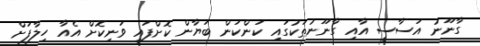
ގާނޫނު އަސާސީ އާއި ގާނޫނުތަކުގައި ކަންކަން ބަޔާން ކޮށްފައި ވަނިކޮށް އެއާ ހިލާފަށް